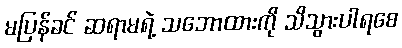
မပြန်ခင် ဆရာမရဲ့ သဘောထားကို သိသွားပါရစေ